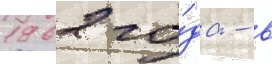
1962 го́да - в